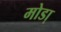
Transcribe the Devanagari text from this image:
मोडा़